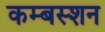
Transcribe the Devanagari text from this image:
कम्बस्शन